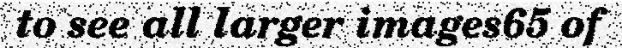
to see all larger images65 of